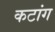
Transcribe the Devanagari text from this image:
कटांग